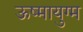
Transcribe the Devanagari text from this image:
ऊष्मायुग्म